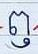
ឭ